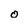
Character: o